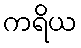
ကရိယ